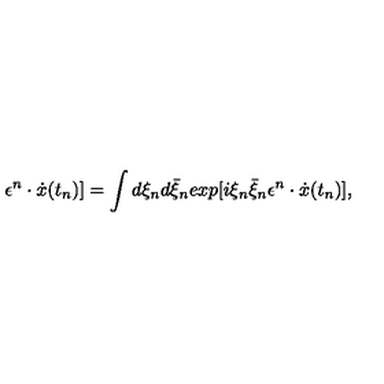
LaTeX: \epsilon ^ { n } \cdot \dot { x } ( t _ { n } ) ] = \int d \xi _ { n } d \bar { \xi } _ { n } e x p [ i \xi _ { n } \bar { \xi } _ { n } \epsilon ^ { n } \cdot \dot { x } ( t _ { n } ) ] ,